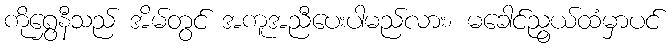
ကိုရွှေနီသည် အိမ်တွင် အကူအညီပေးပါမည်လား၊ မခေါင်ညွယ်ထံမှာပင်